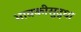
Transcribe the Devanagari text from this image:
भावकीसुद्धा